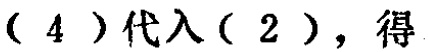
\((4)\)代入\((2)\)，得